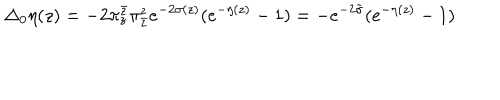
LaTeX: \Delta _ { 0 } \eta ( z ) = - 2 \pi _ { z } ^ { \bar { z } } \pi _ { \bar { z } } ^ { z } e ^ { - 2 \sigma ( z ) } ( e ^ { - \eta ( z ) } - 1 ) = - e ^ { - 2 \tilde { \sigma } } ( e ^ { - \eta ( z ) } - 1 )